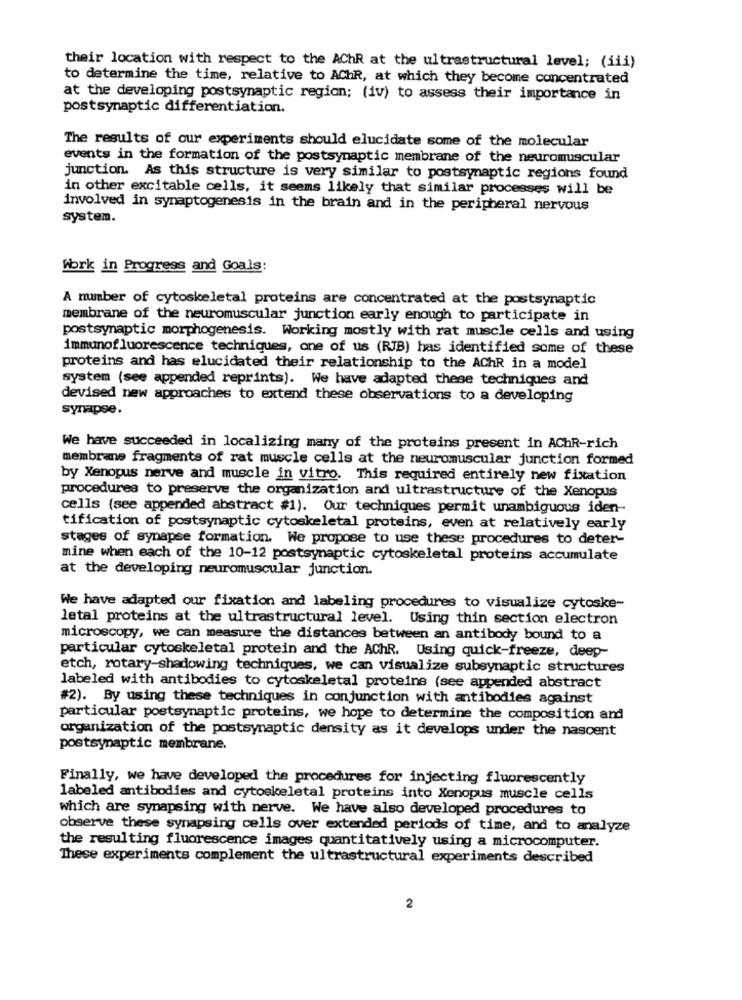
their location with respect to the AChR at the ultrastructural level; (iii)
to determine the time, relative to AChR, at which they become concentrated
at the developing postsynaptic region; (iv) to assess their importance in
postsynaptic differentiation.
The results of our experiments should elucidate some of the molecular
events in the formation of the postsynaptic membrane of the neuromuscular
junction. As this structure is very similar to postsynaptic regions found
in other excitable cells, it seems likely that similar processes will be
involved in synaptogenesis in the brain and in the peripheral nervous
system.
work in Progress and Goals:
A number of cytoskeletal proteins are concentrated at the postsynaptic
membrane of the neuromuscular junction early enough to participate in
postsynaptic morphogenesis. Working mostly with rat muscle cells and using
immunofluorescence techniques, one of us (RIB) has identified some of these
proteins and has elucidated their relationship to the AChR in a model
system (see appended reprints). We have adapted these techniques and
devised new approaches to extend these observations to a developing
synapse.
We have succeeded in localizing many of the proteins present in AChR-rich
membrane fragments of rat muscle cells at the neuromuscular junction formed
by Xenopus nerve and muscle in vitro. This required entirely new fixation
procedures to preserve the organization and ultrastructure of the Xenopus
cells (see appended abstract #1). Our techniques permit unambiguous iden-
tification of postsynaptic cytoskeletal proteins, even at relatively early
stages of synapse formation. We propose to use these procedures to deter-
mine when each of the 10-12 postsynaptic cytoskeletal proteins accumulate
at the developing neuromuscular junction.
We have adapted our fixation and labeling procedures to visualize cytoske-
letal proteins at the ultrastructural level. Using thin section electron
microscopy, we can measure the distances between an antibody bound to a
particular cytoskeletal protein and the AChR. Using quick-freeze, deep-
etch, rotary-shadowing techniques, we can visualize subsynaptic structures
labeled with antibodies to cytoskeletal proteine (see appended abstract
#2). By using these techniques in conjunction with antibodies against
particular postsynaptic proteins, we hope to determine the composition and
organization of the postsynaptic density as it develops under the nascent
postsynaptic membrane.
Finally, we have developed the procedures for injecting fluorescently
labeled antibodies and cytoskeletal proteins into Xenopus muscle cells
which are synapsing with nerve. We have also developed procedures to
observe these synapsing cells over extended periods of time, and to analyze
the resulting fluorescence images quantitatively using a microcomputer.
These experiments complement the ultrastructural experiments described
2